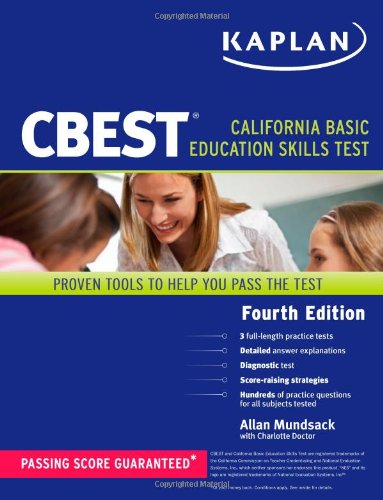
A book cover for Kaplan CBEST (Kaplan Test Prep); Allan Mundsack; Test Preparation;